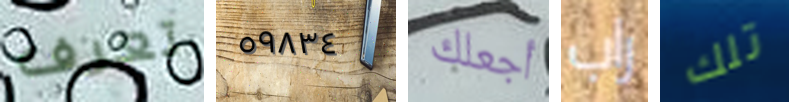
تعرف ٥٩٨٣٤ أجعلك راب تلك